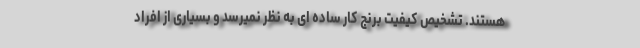
هستند. تشخیص کیفیت برنج کار ساده ای به نظر نمیرسد و بسیاری از افراد